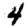
Digit: 4